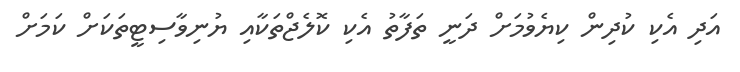
އަދި އެކި ކުދިން ކިޔެވުމަށް ދަނީ ތަފާތު އެކި ކޮލެޖްތަކާއި ޔުނިވާސިޓީތަކަށް ކަމަށް